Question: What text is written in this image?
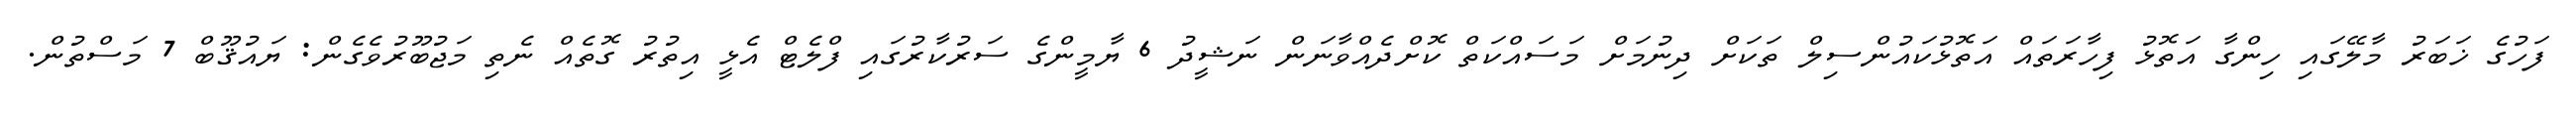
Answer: ފަހުގެ ޚަބަރު މާލޭގައި ހިންގާ އަތޮޅު ފިހާރަތައް އަތޮޅުކައުންސިލް ތަކަށް ދިނުމަށް މަސައްކަތް ކޮށްދެއްވާނަން ނަޝީދު 6 ޔާމީންގެ ސަރުކާރުގައި ފްލެޓް އެޅީ އިތުރު ގޮތެއް ނެތި މަޖުބޫރުވެގެން: ޔައުޤޫބް 7 މަސްތުން.